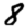
Digit: 8